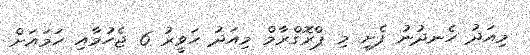
މިއަދު ހެނދުނު ފެށި މި ޕްރޮގްރާމް މިއަދު ހަވީރު 6 ޖެހުމާއި ހަމައަށް